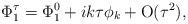
LaTeX: \begin{align*}\Phi_{1}^{\tau} &= \Phi_{1}^{0} + ik\tau\phi_{k} + \rm O(\tau^{2}),\end{align*}